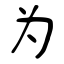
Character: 为